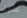
سوف